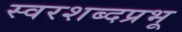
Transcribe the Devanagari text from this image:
स्वरशब्दप्रभू